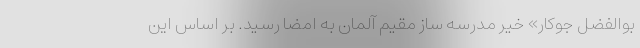
بوالفضل جوکار» خیر مدرسه ساز مقیم آلمان به امضا رسید. بر اساس این